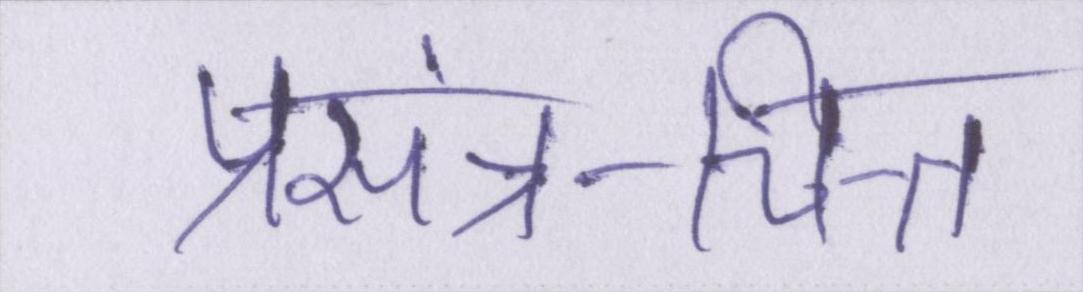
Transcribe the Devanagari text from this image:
प्रसंन्न-चित्त